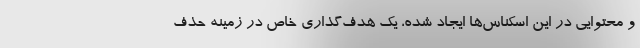
و محتوایی در این اسکناس‌ها ایجاد شده، یک هدف‌گذاری خاص در زمینه حذف